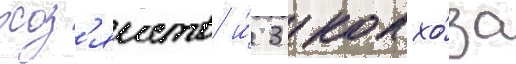
хоз'яиств и́ 3 колхо́за